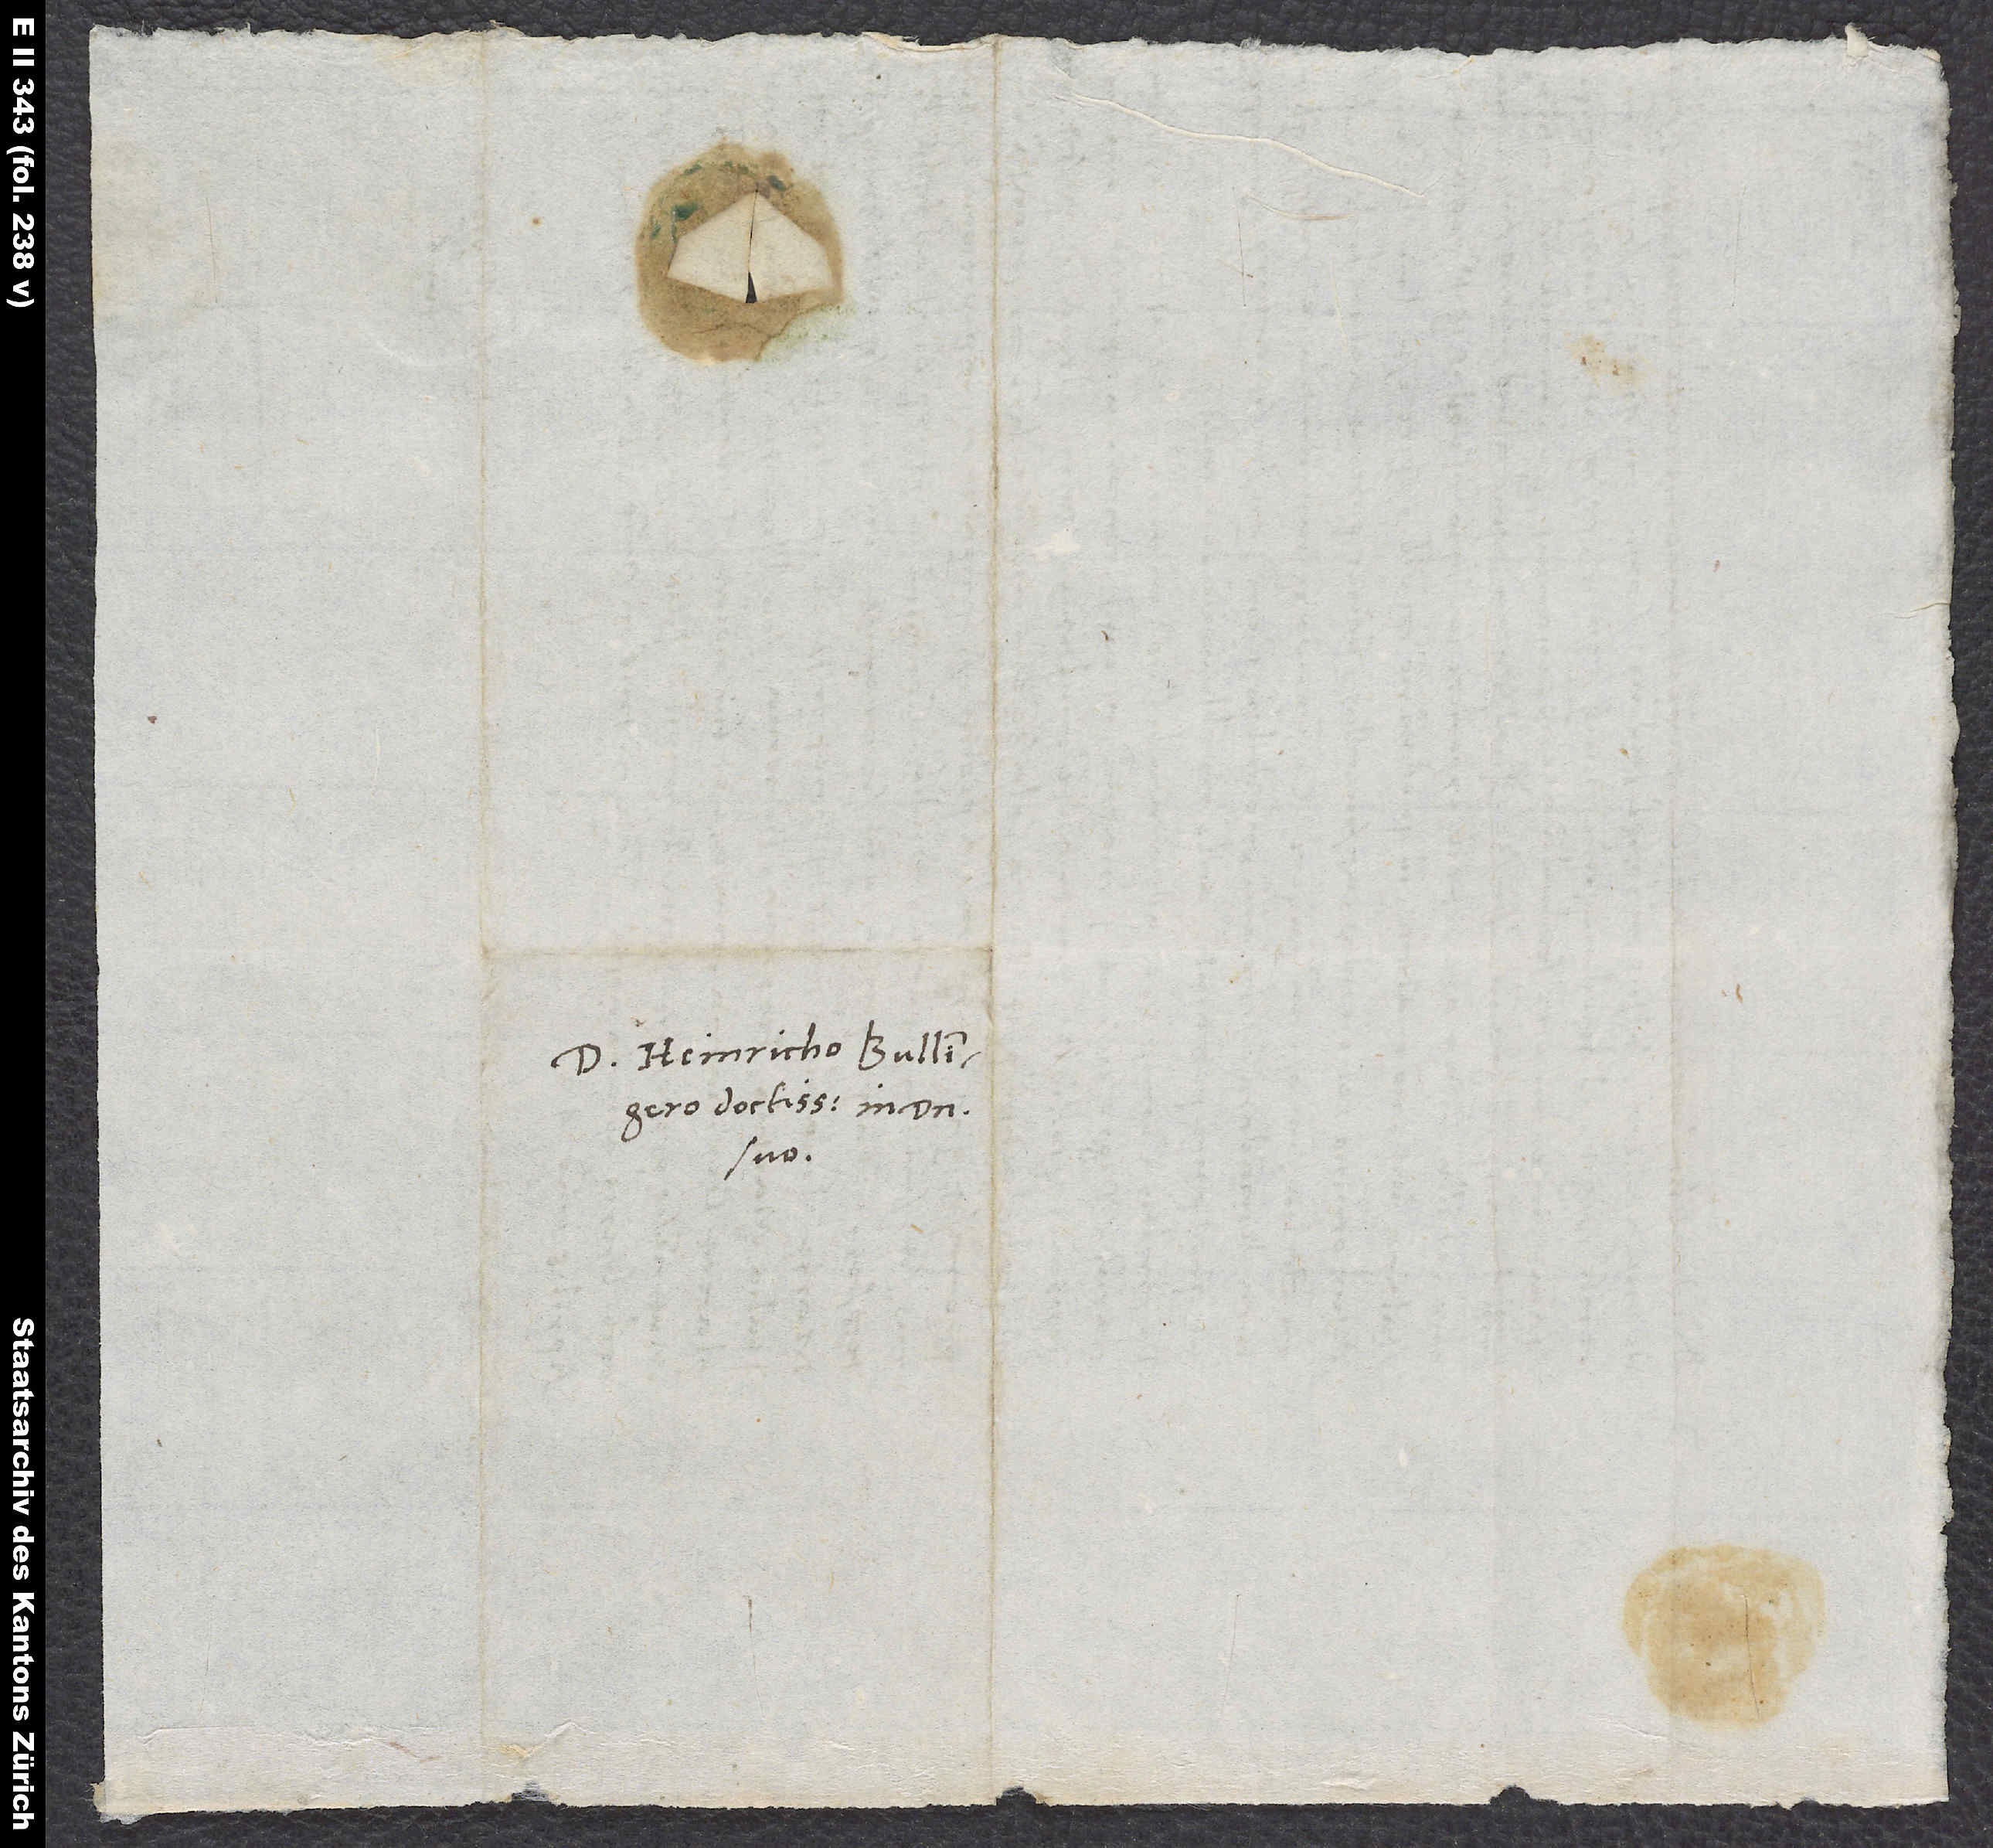
Domino Heinricho Bullingero
doctissimo, in domino
suo.